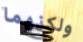
ولكنهما